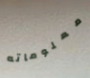
معلوماته